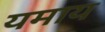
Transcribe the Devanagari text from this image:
यमाय